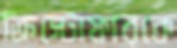
ক্রিস্টোফারকে